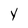
Character: Y